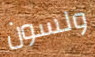
ولسون